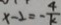
x - 2 = - \frac { 4 } { k }